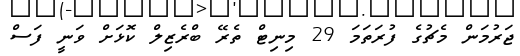
ޖަރުމަން މެޗުގެ ފުރަތަމަ 29 މިނިޓް ތެރޭ ބްރެޒިލް ކޮޅަށް ވަނީ ފަސް